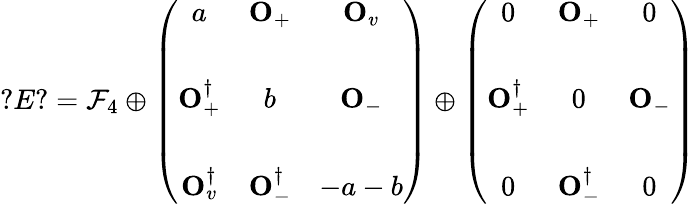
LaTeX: ?E?=\mathcal{F}_{4}\oplus\left(\begin{array}{ccc}{{a}}&{{{\mathbf O}_{+}}}&{{{\mathbf O}_{v}}}\\ {{}}&{{}}&{{}}\\ {{{\mathbf O}_{+}^{\dagger}}}&{{b}}&{{{\mathbf O}_{-}}}\\ {{}}&{{}}&{{}}\\ {{{\mathbf O}_{v}^{\dagger}}}&{{{\mathbf O}_{-}^{\dagger}}}&{{-a-b}}\end{array}\right)\oplus\left(\begin{array}{ccc}{{0}}&{{{\mathbf O}_{+}}}&{{0}}\\ {{}}&{{}}&{{}}\\ {{{\mathbf O}_{+}^{\dagger}}}&{{0}}&{{{\mathbf O}_{-}}}\\ {{}}&{{}}&{{}}\\ {{0}}&{{{\mathbf O}_{-}^{\dagger}}}&{{0}}\end{array}\right)